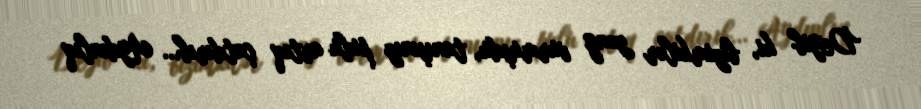
Deyib ki, bizimkilər zəng vurmuşdu, tanışınız pulu artıq çatdırıb... Aydınlıq